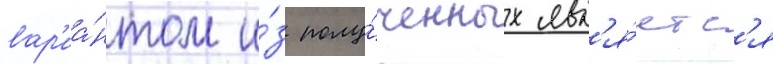
вар'иа́нтом и́з полу́ченных явл'я́етс'я